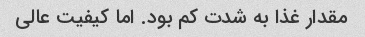
مقدار غذا به شدت کم بود. اما کیفیت عالی